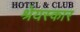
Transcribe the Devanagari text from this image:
श्रेयस्कार